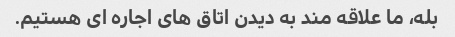
بله، ما علاقه مند به دیدن اتاق های اجاره ای هستیم.